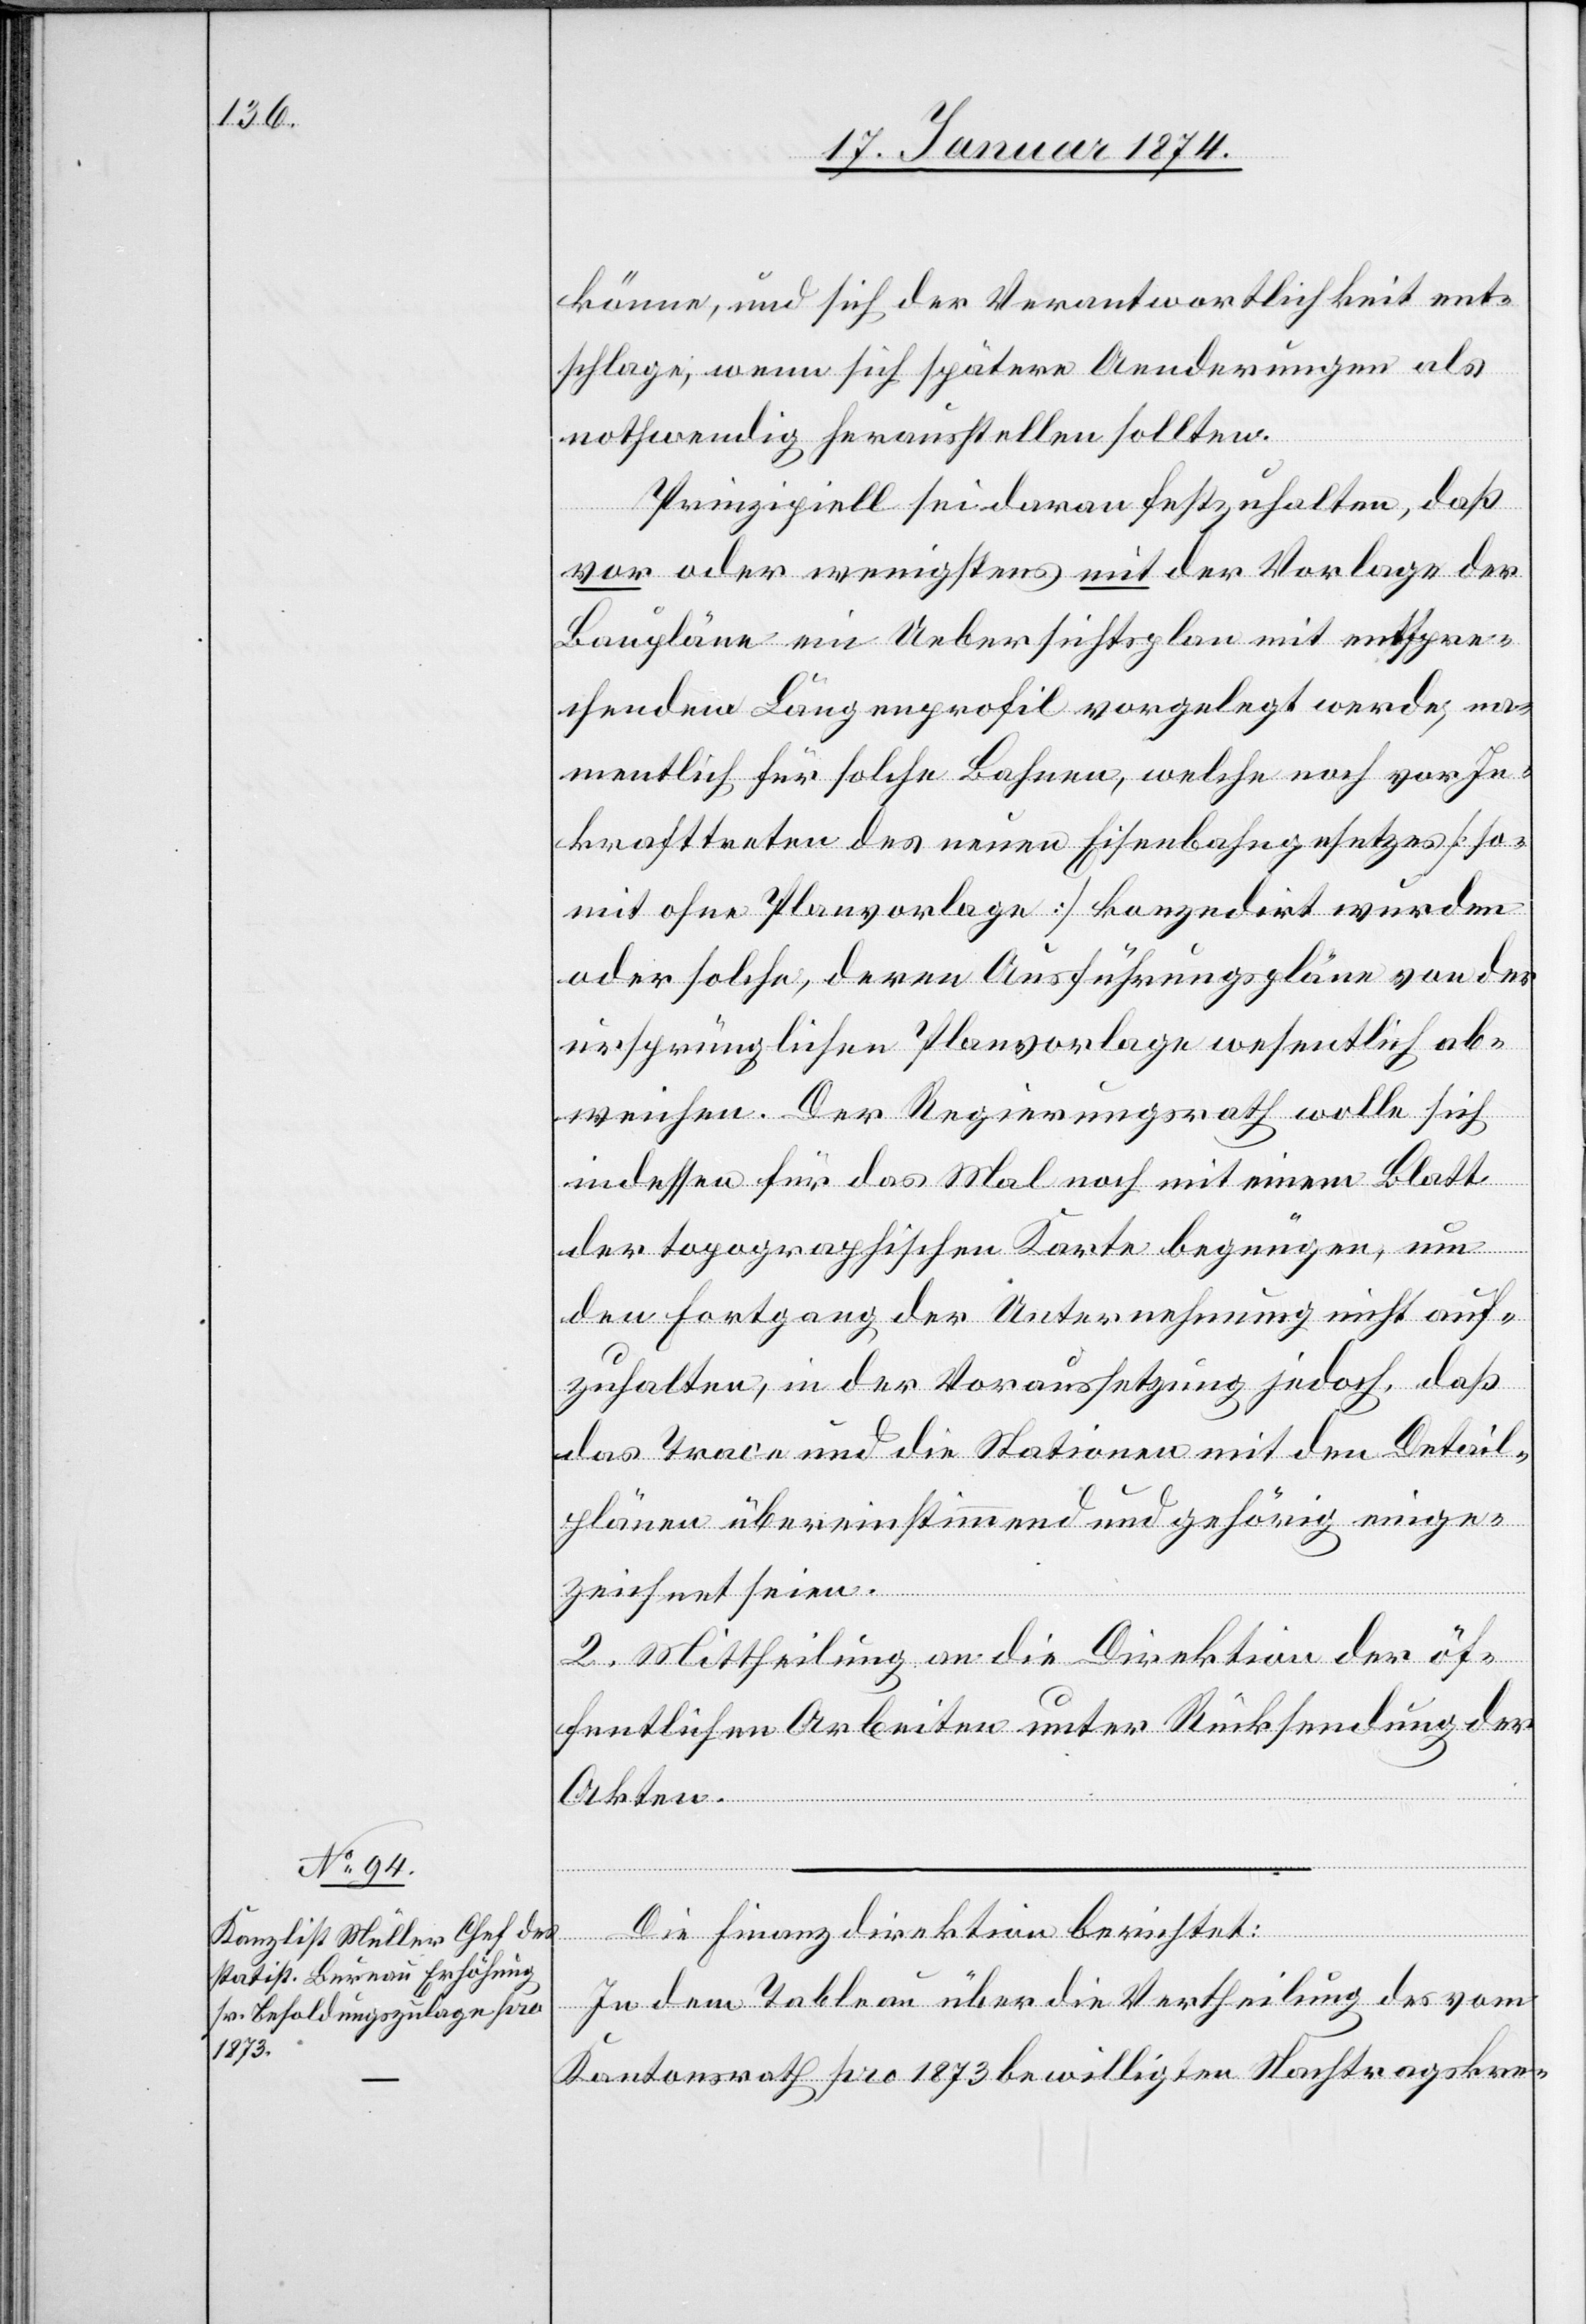
könne, und sich der Verantwortlichkeit ent¬
schlage, wenn sich spätere Aenderungen als
nothwendig herausstellen sollten.
Prinzipiell sei daran festzuhalten, daß
vor oder wenigstens mit der Vorlage der
Baupläne ein Uebersichtsplan mit entspre¬
chendem Längenprofil vorgelegt werde, ver¬
mutlich für solche Bahnen, welche noch vor In¬
krafttreten des neuen Eisenbahngesetzes [so¬
mit ohne Planvorlage] konzedirt wurden
oder solche, deren Ausführungspläne von der
ursprünglichen Planvorlage wesentlich ab¬
weichen. Der Regierungsrath wolle sich
indessen für das Mal noch mit einem Blatt
der topographischen Karte begnügen, um
den Fortgang der Unternehmung nicht auf¬
zuhalten, in der Voraussetzung jedoch, daß
das Trace und die Stationen mit den Detail¬
plänen übereinstimmend und gehörig einge¬
zeichnet seien.
2. Mittheilung an die Direktion der öf¬
fentlichen Arbeiten unter Rücksendung der
Akten.
In dem Tableau über die Vertheilung des vom
Kantonsrath pro 1873 bewilligten Nachtragskre-